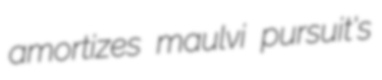
amortizes maulvi pursuit's